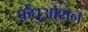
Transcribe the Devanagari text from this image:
फ़ेंघुओशन